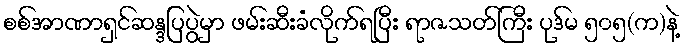
စစ်အာဏာရှင်ဆန္ဒပြပွဲမှာ ဖမ်းဆီးခံလိုက်ရပြီး ရာဇသတ်ကြီး ပုဒ်မ ၅၀၅(က)နဲ့